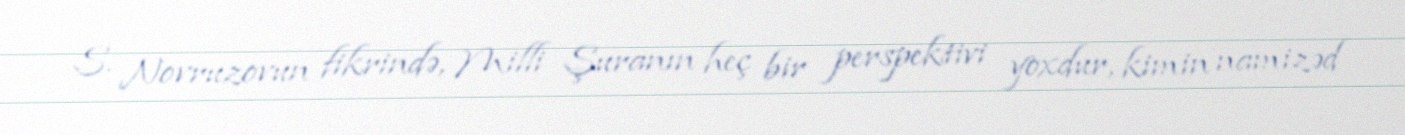
S. Novruzovun fikrində, Milli Şuranın heç bir perspektivi yoxdur, kimin namizəd